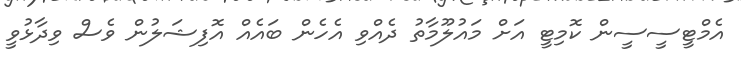
އެމްޓީސީސީން ކޮމިޓީ އަށް މައުލޫމާތު ދެއްވި އެހެން ބައެއް އޮފިޝަލުން ވެސް ވިދާޅުވީ